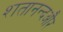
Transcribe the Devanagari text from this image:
शतानन्दऔर